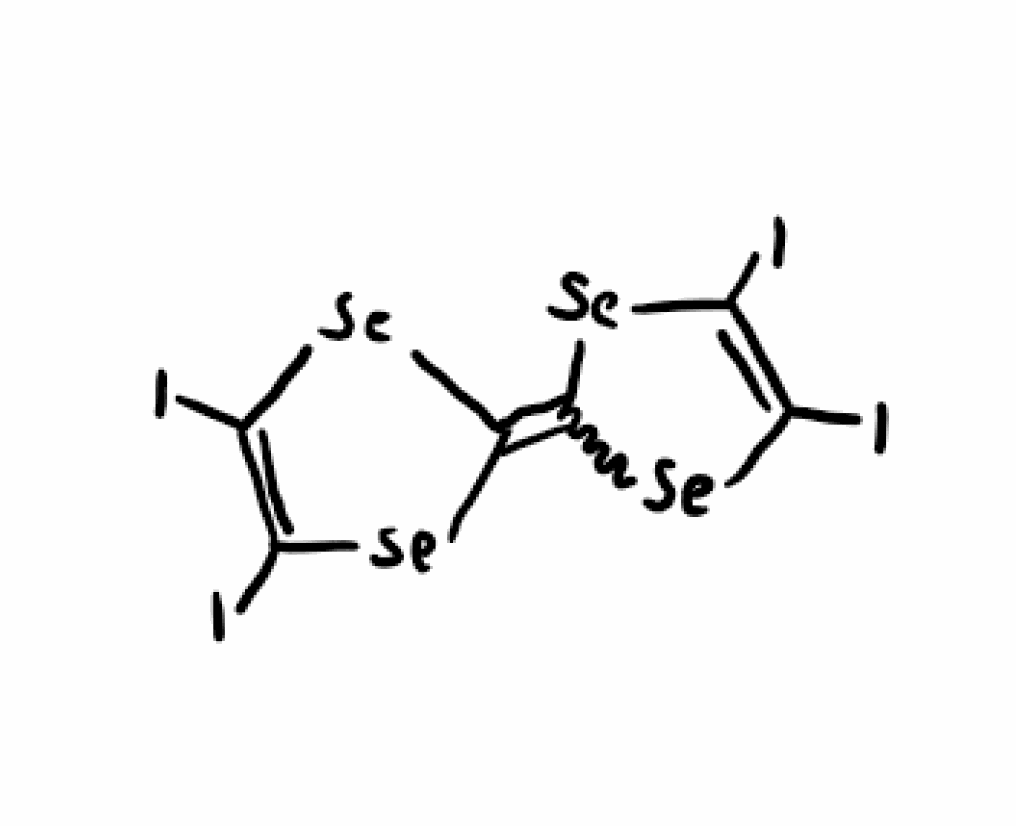
Simplified molecular-input line-entry system (SMILES) notation of the given molecule:
C1(=C2[Se]C(=C([Se]2)I)I)[Se]C(=C([Se]1)I)I